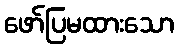
ဖော်ပြမထားသော